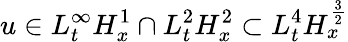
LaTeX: u\in L_{t}^{\infty}H_{x}^{1}\cap L_{t}^{2}H_{x}^{2}\subset L_{t}^{4}H_{x}^{\frac{3}{2}}